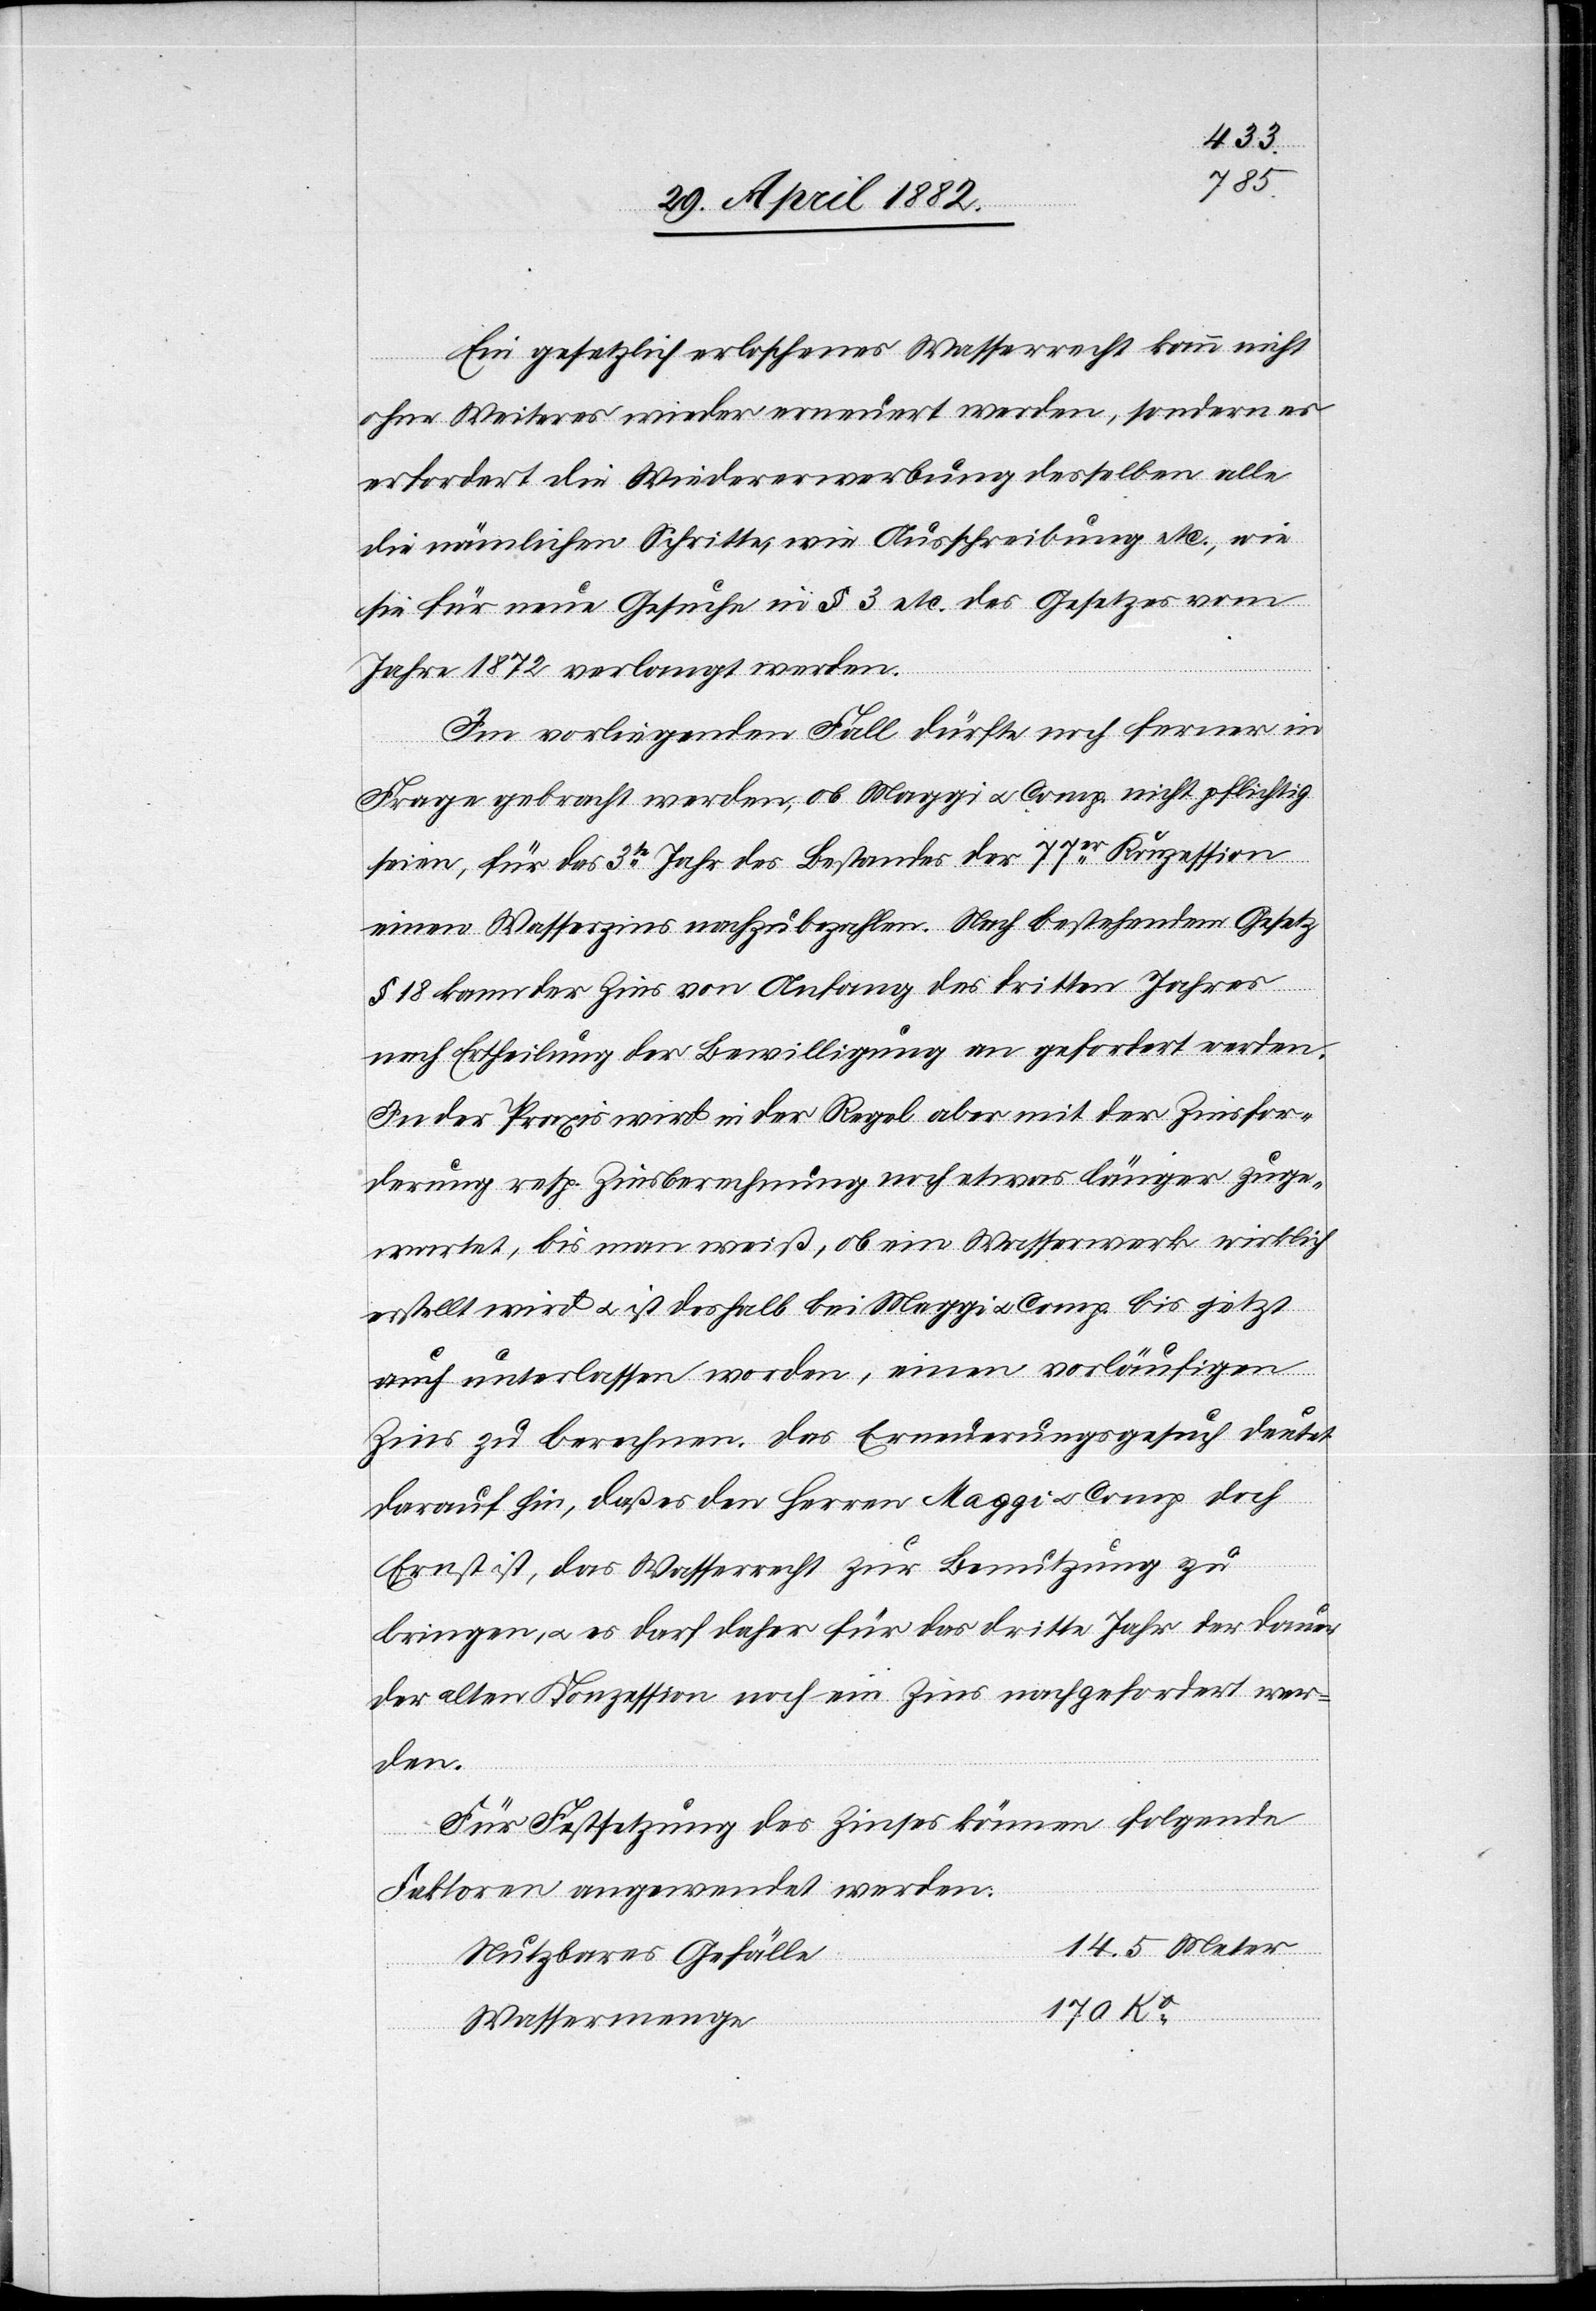
Ein gesetzlich erloschenes Wasserrecht kann nicht
ohne Weiteres wieder erneuert werden, sondern es
erfordert die Wiedererwerbung desselben alle
die nämlichen Schritte, wie Ausschreibung etc., wie
sie für neue Gesuche in § 3 etc. des Gesetzes vom
Jahre 1872 verlangt werden.
Im vorliegenden Fall dürfte noch ferner in
Frage gebracht werden, ob Maggi u. Comp. nicht pflichtig
seien, für das 3te Jahr des Bestandes der 77er Konzession
einen Wasserzins nachzubezahlen. Nach bestehendem Gesetz
§ 18 kann der Zins von Anfang des dritten Jahres
nach Ertheilung der Bewilligung an gefordert werden.
In der Praxis wird in der Regel aber mit der Zinsfor¬
derung resp. Zinsberechnung noch etwas länger zuge¬
wartet, bis man weiß, ob ein Wasserwerk wirklich
erstellt wird u. ist deshalb bei Maggi u. Comp. bis jetzt
auch unterlassen worden, einen vorläufigen
Zins zu berechnen. Das Erneuerungsgesuch deutet
darauf hin daß es den Herren Maggi u. Comp. doch
Ernst ist, das Wasserrecht zur Benutzung zu
bringen, u. es darf daher für das dritte Jahr der Dauer
der alten Konzession noch ein Zins nachgefordert wer¬
den.
Für Festsetzung des Zinses können folgende
Faktoren angewendet werden:
Nutzbares Gefälle
170
Wassermenge